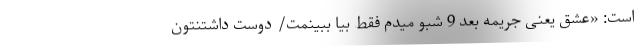
است: «عشق یعنی جریمه بعد 9 شبو میدم فقط بیا ببینمت/ دوست داشتنتون